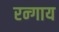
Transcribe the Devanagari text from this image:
रन्गाय